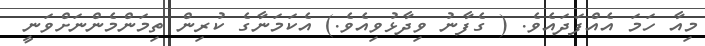
މިއާ ހަމަ އެއްފަދައެވެ. ( ގެފާނު ވިދާޅުވިއެވެ.) އެކަމަނާގެ ކުރިން ތިމަންމެންނަށްވަނީ